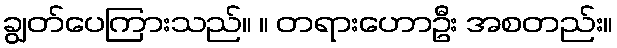
ချွတ်ပေကြားသည်။ ။ တရားဟောဦး အစတည်း။